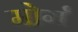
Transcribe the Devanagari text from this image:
मोर्ग